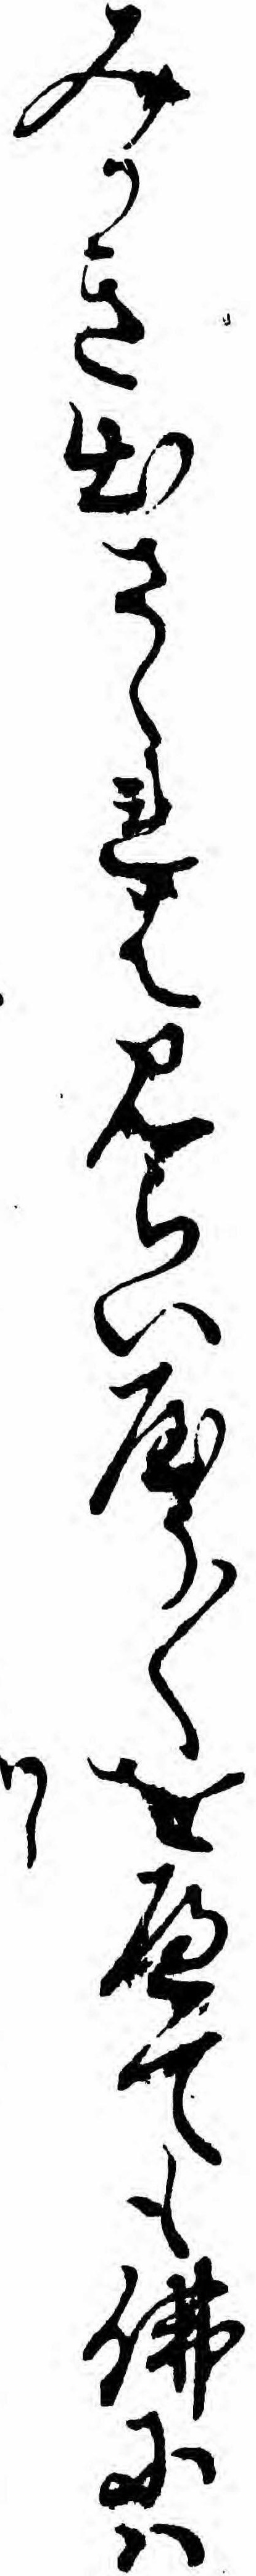
みかき出さゝれはみらいやう〱をへても仏にハ